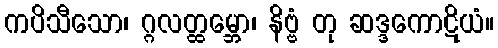
ကပိသီသော၊ ဂ္ဂလတ္ထမ္ဘော၊ နိဗ္ဗံ တု ဆဒ္ဒကောဋိယံ။